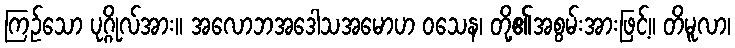
ကြဉ်သော ပုဂ္ဂိုလ်အား။ အလောဘအဒေါသအမောဟ ဝသေန၊ တို့၏အစွမ်းအားဖြင့်။ တိမူလာ၊